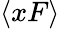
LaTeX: \langle xF\rangle